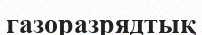
газоразрядтық